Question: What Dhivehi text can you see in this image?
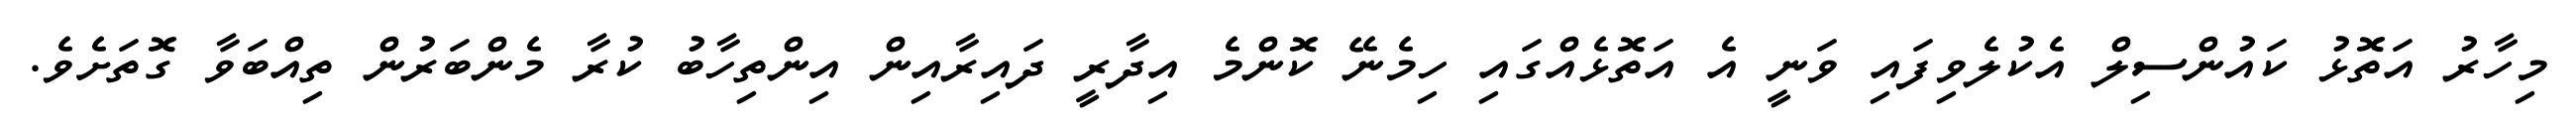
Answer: މިހާރު އަތޮޅު ކައުންސިލް އެކުލެވިފައި ވަނީ އެ އަތޮޅެއްގައި ހިމެނޭ ކޮންމެ އިދާރީ ދައިރާއިން އިންތިހާބު ކުރާ މެންބަރުން ތިއްބަވާ ގޮތަށެވެ.